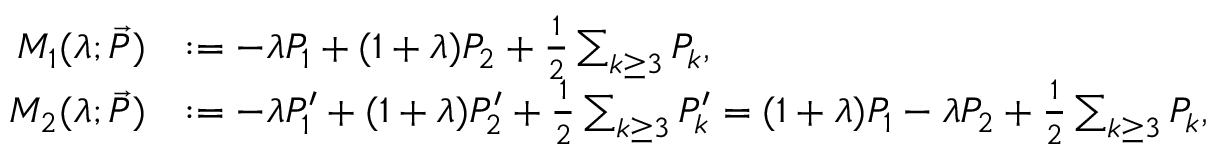
\begin{array} { r } { \begin{array} { r l } { M _ { 1 } ( \lambda ; \vec { P } ) } & { : = - \lambda P _ { 1 } + ( 1 + \lambda ) P _ { 2 } + \frac { 1 } { 2 } \sum _ { k \ge 3 } P _ { k } , } \\ { M _ { 2 } ( \lambda ; \vec { P } ) } & { : = - \lambda P _ { 1 } ^ { \prime } + ( 1 + \lambda ) P _ { 2 } ^ { \prime } + \frac { 1 } { 2 } \sum _ { k \ge 3 } P _ { k } ^ { \prime } = ( 1 + \lambda ) P _ { 1 } - \lambda P _ { 2 } + \frac { 1 } { 2 } \sum _ { k \ge 3 } P _ { k } , } \end{array} } \end{array}